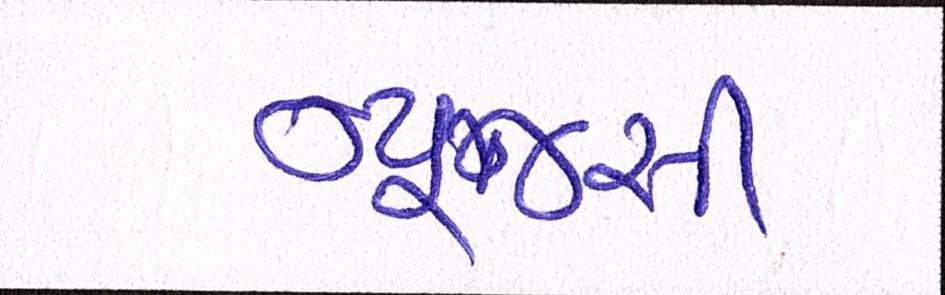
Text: ન્યૂજર્સી